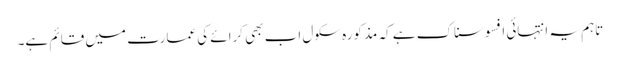
تاہم یہ انتہائی افسوسناک ہے کہ مذکورہ سکول اب بھی کرائے کی عمارت میں قائم ہے۔